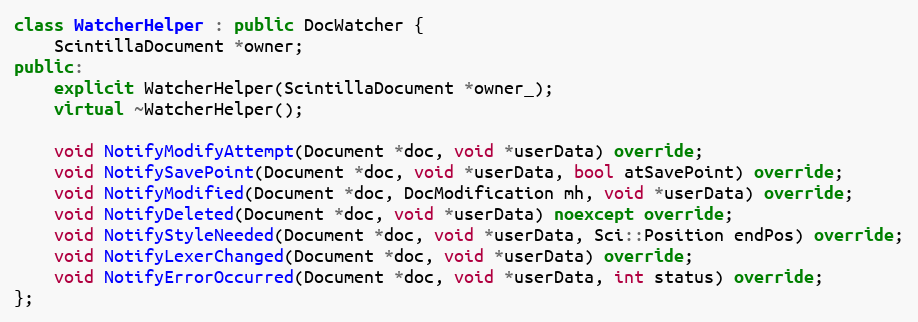
Language: C++
class WatcherHelper : public DocWatcher {
    ScintillaDocument *owner;
public:
    explicit WatcherHelper(ScintillaDocument *owner_);
    virtual ~WatcherHelper();

    void NotifyModifyAttempt(Document *doc, void *userData) override;
    void NotifySavePoint(Document *doc, void *userData, bool atSavePoint) override;
    void NotifyModified(Document *doc, DocModification mh, void *userData) override;
    void NotifyDeleted(Document *doc, void *userData) noexcept override;
    void NotifyStyleNeeded(Document *doc, void *userData, Sci::Position endPos) override;
    void NotifyLexerChanged(Document *doc, void *userData) override;
    void NotifyErrorOccurred(Document *doc, void *userData, int status) override;
};